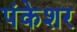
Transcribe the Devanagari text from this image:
पंकेशर